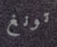
تونغ